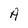
Character: A